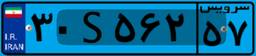
۸۰S۹۲۱۲۴